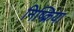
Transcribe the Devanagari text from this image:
निष्‍क्रिया